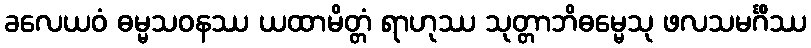
ခလေယဝံ ဓမ္မသဝနဿ ယထာမိတ္တံ ရာဟုဿ သုတ္တာဘိဓမ္မေသု ဖလသမင်္ဂိဿ